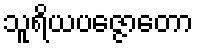
သူရိယပဇ္ဇောတော